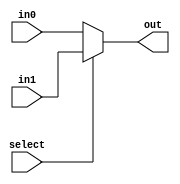
module mux2_4(out, select, in0, in1);
    input select;
    input [3:0] in0, in1;
    output [3:0] out;
    assign out = select ? in1 : in0;
endmodule